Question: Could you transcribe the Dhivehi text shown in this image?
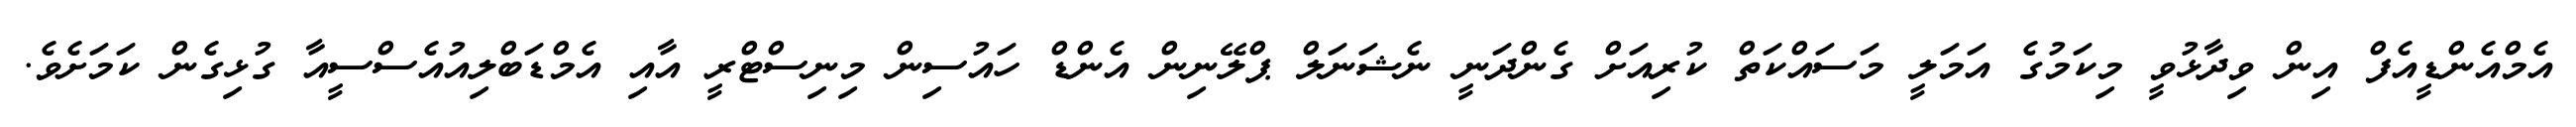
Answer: އެމްއެންޑީއެފް އިން ވިދާޅުވީ މިކަމުގެ އަމަލީ މަސައްކަތް ކުރިއަށް ގެންދަނީ ނެޝަނަލް ޕްލޭނިން އެންޑް ހައުސިން މިނިސްޓްރީ އާއި އެމްޑަބްލިއުއެސްސީއާ ގުޅިގެން ކަމަށެވެ.